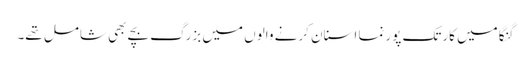
گنگا میں کارتک پورنما اسنان کرنے والوں میں بزرگ بچے بھی شامل تھے۔